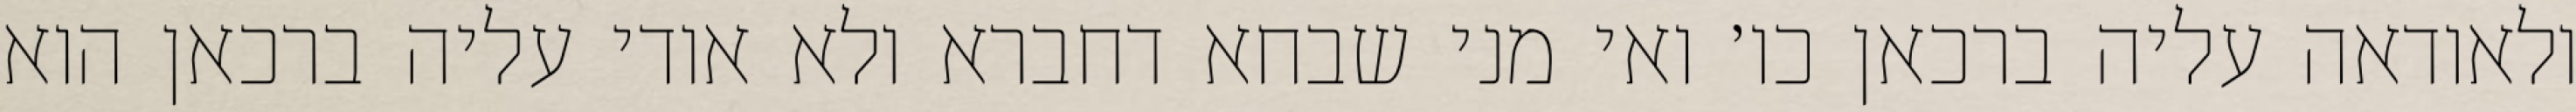
ולאודאה עליה ברכאן כו׳ ואי מני שבחא דחברא ולא אודי עליה ברכאן הוא